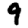
Digit: 9